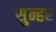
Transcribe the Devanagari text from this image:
सुन्हर